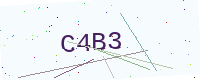
Text: C4B3